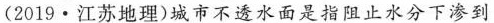
(2019·江苏地理)城市不透水面是指阻止水分下渗到